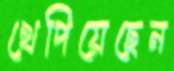
খেপিয়েছেন